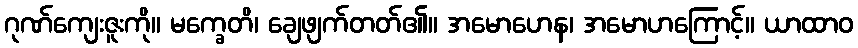
ဂုဏ်ကျေးဇူးကို။ မက္ခေတိ၊ ချေဖျက်တတ်၏။ အမောဟေန၊ အမောဟကြောင့်။ ယာထာဝ